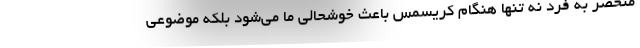
منحصر به فرد نه تنها هنگام کریسمس باعث خوشحالی ما می‌شود بلکه موضوعی